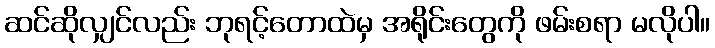
ဆင်ဆိုလျှင်လည်း ဘုရင့်တောထဲမှ အရိုင်းတွေကို ဖမ်းစရာ မလိုပါ။